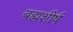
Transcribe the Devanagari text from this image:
बह्मशीर्ष